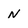
Character: n